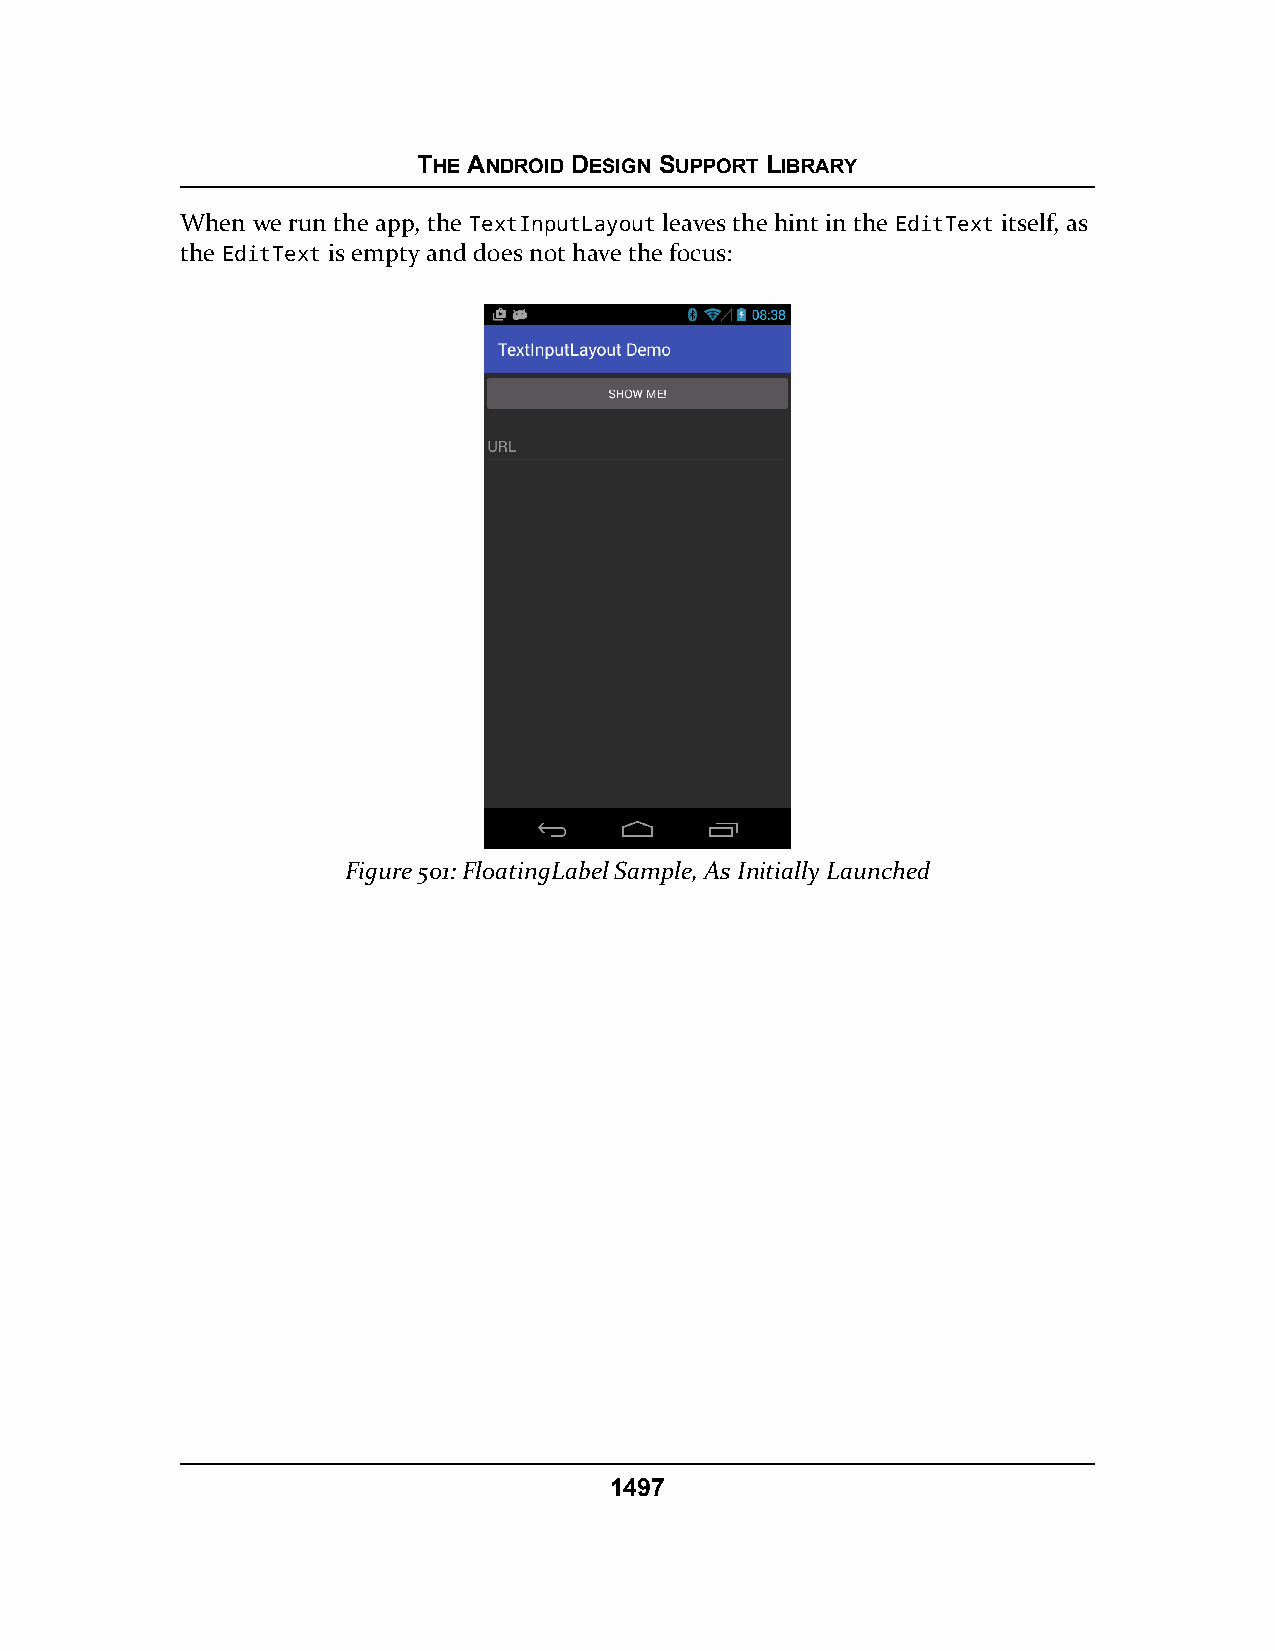
THE ANDROID DESIGN SUPPORT LIBRARY
 When we run the app, the TextInputLayout leaves the hint in the EditText itself, as
 the EditText is empty and does not have the focus:
 Figure 501: FloatingLabel Sample, As Initially Launched
 1497